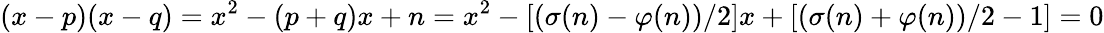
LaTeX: (x-p)(x-q)=x^{2}-(p+q)x+n=x^{2}-[(\sigma(n)-\varphi(n))/2]x+[(\sigma(n)+\varphi(n))/2-1]=0